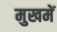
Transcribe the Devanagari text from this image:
मुखमें